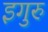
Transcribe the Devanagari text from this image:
इगुरु